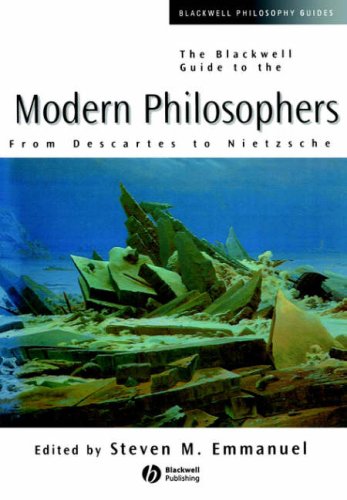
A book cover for The Blackwell Guide to the Modern Philosophers: From Descartes to Nietzsche; Politics & Social Sciences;